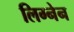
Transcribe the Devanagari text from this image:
लिग्नेन